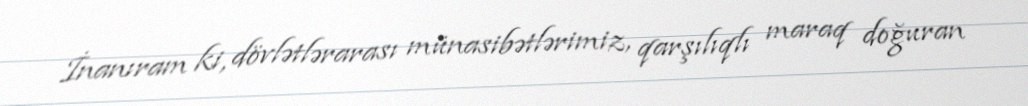
İnanıram ki, dövlətlərarası münasibətlərimiz, qarşılıqlı maraq doğuran